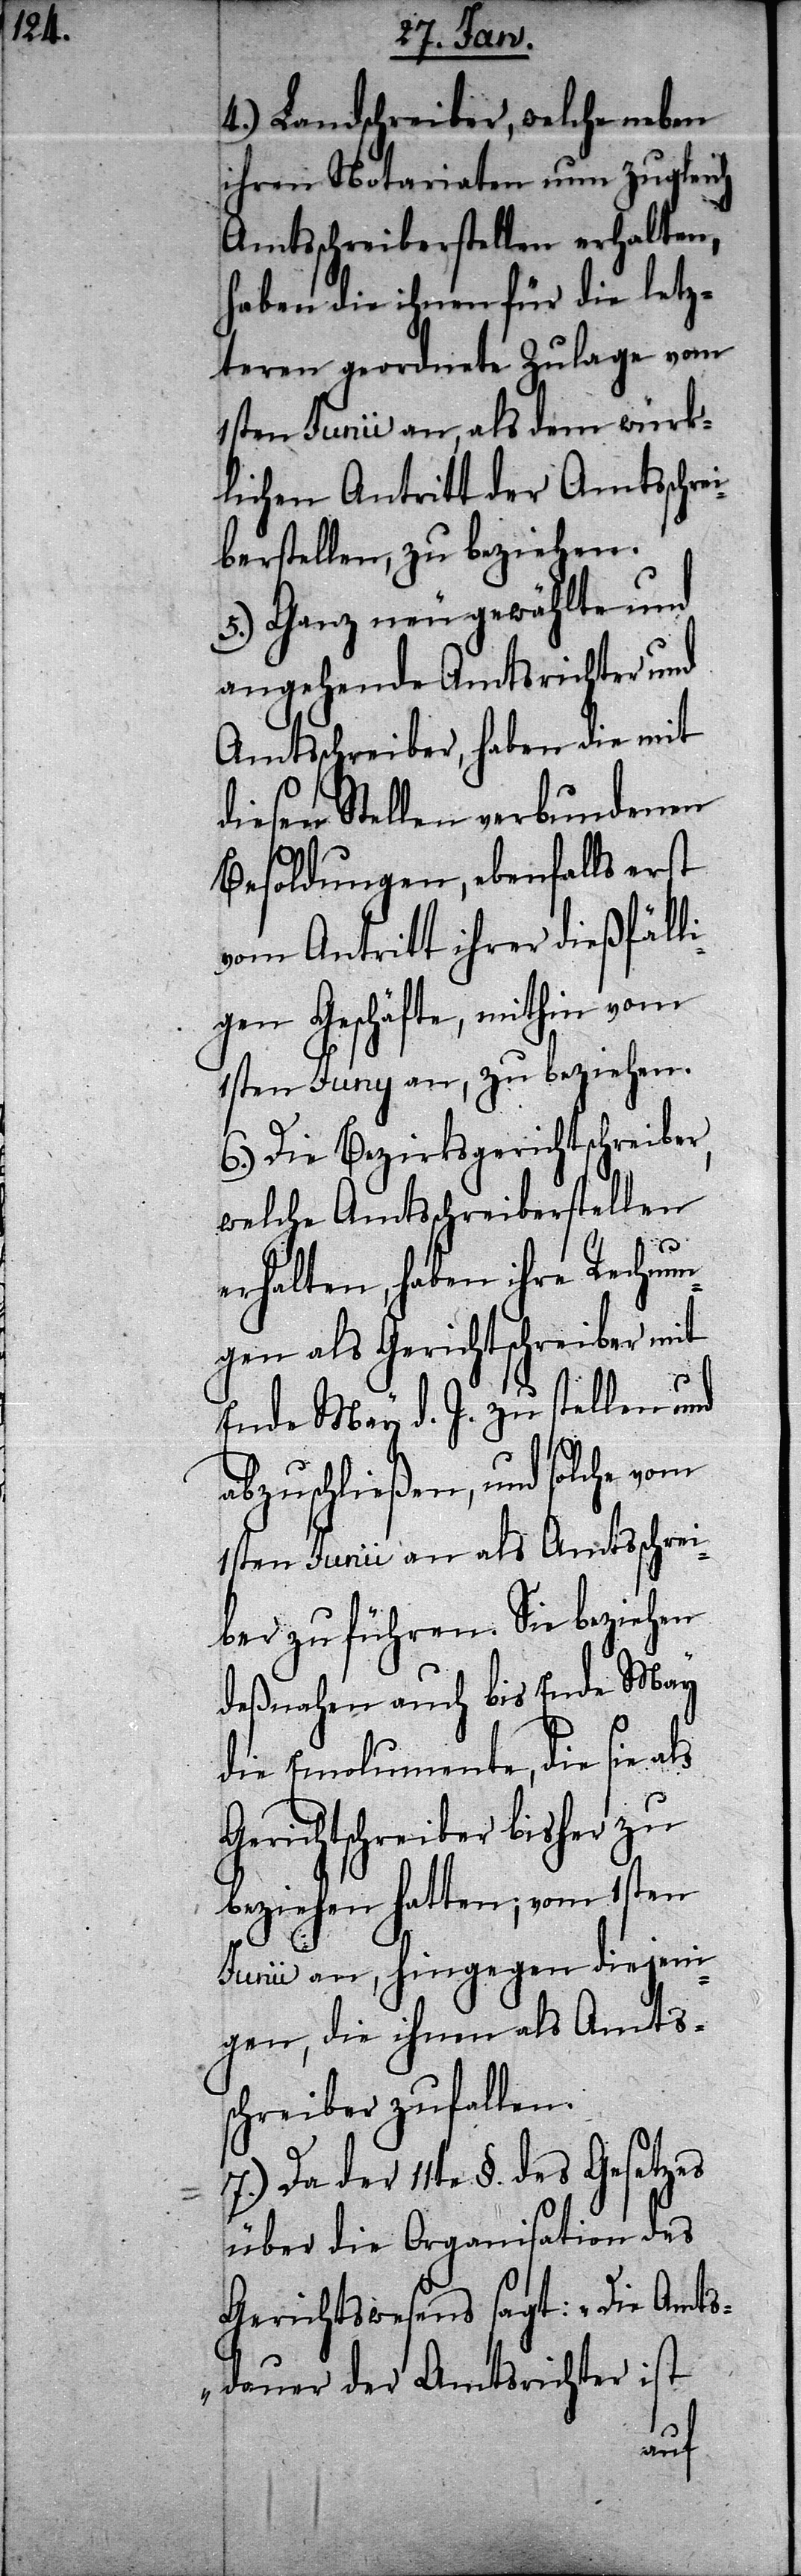
4.) Landschreiber, welche neben
ihren Notariaten nun zugleich
Amtsschreiberstellen erhalten,
haben die ihnen für die letz¬
teren geordnete Zulage vom
1sten Junii an, als dem würk¬
lichen Antritt der Amtsschre¬
iberstellen, zu beziehen.
5.) Ganz neu gewählte und
angehende Amtsrichter und
Amtsschreiber, haben die mit
diesen Stellen verbundenen
Besoldungen, ebenfalls erst
vom Antritt ihrer dießfäll¬
igen Geschäfte, mithin vom
1sten Juny an, zu beziehen.
6.) Die Bezirksgerichtschreiber,
welche Amtsschreiberstellen
erhalten, haben ihre Rechnun¬
gen als Gerichtsschreiber mit
Ende May d. J. zu stellen und
abzuschließen, und solche vom
1sten Junii an als Amtsschrei¬
ber zu führen. Sie beziehen
deßnahen auch bis Ende May
die Emolumente, die sie
Gerichtschreiber bisher zu
beziehen hatten; vom 1sten
Junii an, hingegen diejeni¬
gen, die ihnen als Amts¬
schreiber zufallen.
7.) Da der 11te §. des Gesetzes
über die Organisation des
Gerichtswesens sagt: „Die Amts¬
dauer der Amtsrichter ist